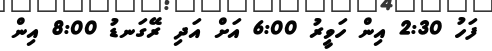
ފަހު 2:30 އިން ހަވީރު 6:00 އަށް އަދި ރޭގަނޑު 8:00 އިން